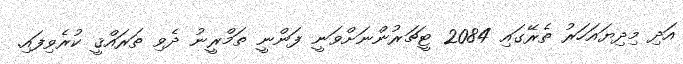
އަދި މިދިޔައަހަރު ތެރޭގައި 2084 ޓީޗަރުންނަށްވަނީ ފަންނީ ތަމްރީނު ދެވި ތަރައްޤީ ކުރެވިފައި.